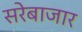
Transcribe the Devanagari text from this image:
सरेबाजार